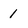
Character: 1